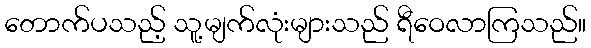
တောက်ပသည့် သူ့မျက်လုံးများသည် ရီဝေလာကြသည်။